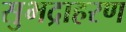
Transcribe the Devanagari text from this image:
सुभद्राहरण